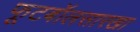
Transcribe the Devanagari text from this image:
फूटबॉलसारखा